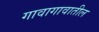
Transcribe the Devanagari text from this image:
गावागावातील